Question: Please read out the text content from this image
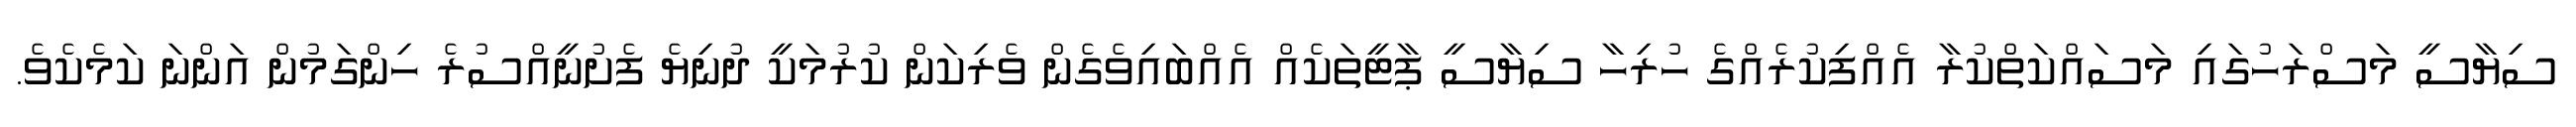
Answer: ސިޔާސީ މަސްރަހުގައި މަސައްކަތްކުރާ އެއްފިކުރެއްގެ ހުރިހާ ސިޔާސީ ޕާޓީތަކެއް އެއްބައިވެގެން ވެރިކަން ކުރުމަކީ ދުނިޔެ ފެށުނީއްސުރެ ހިންގަމުން އަންނަ ކަމެކެވެ.